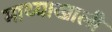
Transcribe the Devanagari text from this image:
माथ्याखाली